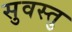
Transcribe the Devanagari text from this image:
सुवस्तु